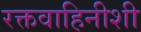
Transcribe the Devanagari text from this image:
रक्तवाहिनीशी